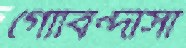
গোবিন্দাসী